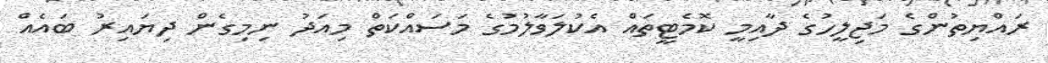
ރައްޔިތުންގެ މަޖިލީހުގެ ދާއިމީ ކޮމެޓީތައް އެކުލަވާލުމުގެ މަސައްކަތް މިއަދު ނިމިގެން ދިޔައިރު ބައެއް